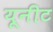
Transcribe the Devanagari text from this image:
यूनीट